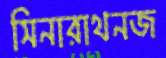
সিনারাথনজ